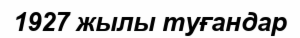
1927 жылы туғандар